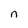
Character: n